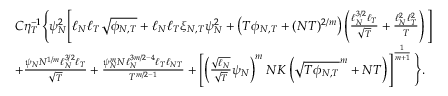
\begin{array} { r l } & { C \eta _ { T } ^ { - 1 } \Bigg \{ \psi _ { N } ^ { 2 } \Bigg [ \ell _ { N } \ell _ { T } \sqrt { \phi _ { N , T } } + \ell _ { N } \ell _ { T } \xi _ { N , T } \psi _ { N } ^ { 2 } + \left( T \phi _ { N , T } + ( N T ) ^ { 2 / m } \right) \left( \frac { \ell _ { N } ^ { 3 / 2 } \ell _ { T } } { \sqrt { T } } + \frac { \ell _ { N } ^ { 2 } \ell _ { T } ^ { 2 } } { T } \right) \Bigg ] } \\ & { + \frac { \psi _ { N } N ^ { 1 / m } \ell _ { N } ^ { 3 / 2 } \ell _ { T } } { \sqrt { T } } + \frac { \psi _ { N } ^ { m } N \ell _ { N } ^ { 3 m / 2 - 4 } \ell _ { T } \ell _ { N T } } { T ^ { m / 2 - 1 } } + \left[ \left( \frac { \sqrt { \ell _ { N } } } { \sqrt { T } } \psi _ { N } \right) ^ { m } N K \left( \sqrt { T \phi _ { N , T } } ^ { m } + N T \right) \right] ^ { \frac { 1 } { m + 1 } } \Bigg \} . } \end{array}